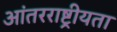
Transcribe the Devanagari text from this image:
आंतरराष्ट्रीयता